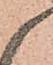
候